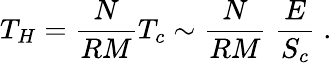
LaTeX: T_{H}=\frac{N}{RM}T_{c}\sim\frac{N}{RM}\; \frac{E}{S_{c}}\; .